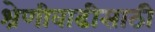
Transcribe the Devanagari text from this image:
श्रेणीवाढीसाठी